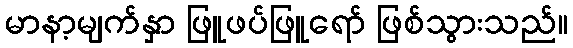
မာနာ့မျက်နှာ ဖြူဖပ်ဖြူရော် ဖြစ်သွားသည်။